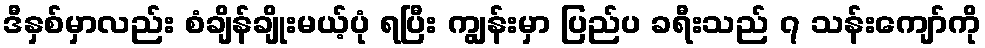
ဒီနှစ်မှာလည်း စံချိန်ချိုးမယ့်ပုံ ရပြီး ကျွန်းမှာ ပြည်ပ ခရီးသည် ၇ သန်းကျော်ကို